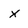
Character: x